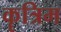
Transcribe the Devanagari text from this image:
कॄत्रिम